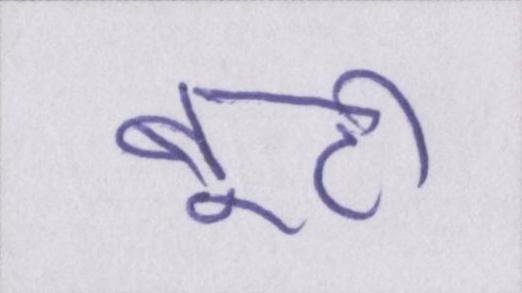
बूटी